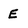
Character: E